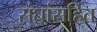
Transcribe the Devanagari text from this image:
संघांसहित